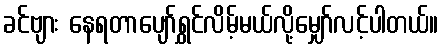
ခင်ဗျား နေရတာပျော်ရွှင်လိမ့်မယ်လို့မျှော်လင့်ပါတယ်။